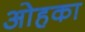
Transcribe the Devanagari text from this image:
ओहका